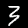
Digit: 3